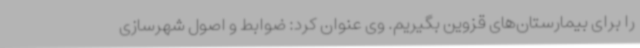
را برای بیمارستان‌های قزوین بگیریم. وی عنوان کرد: ضوابط و اصول شهرسازی